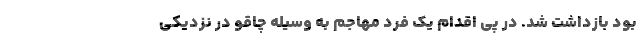
بود بازداشت شد. در پی اقدام یک فرد مهاجم به وسیله چاقو در نزدیکی